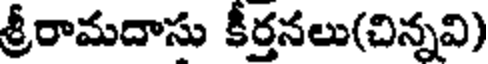
శ్రీరామదాసు కీర్తనలు(చిన్నవి)